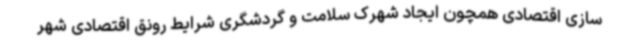
سازی اقتصادی همچون ایجاد شهرک سلامت و گردشگری شرایط رونق اقتصادی شهر